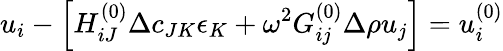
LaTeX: u_{i}-\left[H_{iJ}^{(0)}\Delta c_{JK}\epsilon_{K}+\omega^{2}G_{ij}^{(0)}\Delta\rho u_{j}\right]=u_{i}^{(0)}